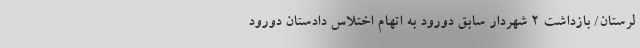
لرستان/ بازداشت ۲ شهردار سابق دورود به اتهام اختلاس دادستان دورود